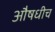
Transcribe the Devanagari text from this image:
औषधीच